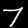
Digit: 7